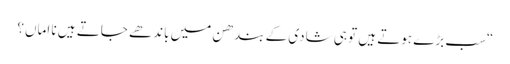
“سب بڑے ہوتے ہیں تو ہی شادی کے بندھن میں باندھے جاتے ہیں نا اماں؟